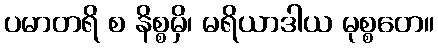
ပမာတရိ စ နိစ္စမှိ၊ မရိယာဒါယ မုစ္စတေ။